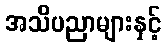
အသိပညာများနှင့်